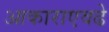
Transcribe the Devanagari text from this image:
आकाराएवढे